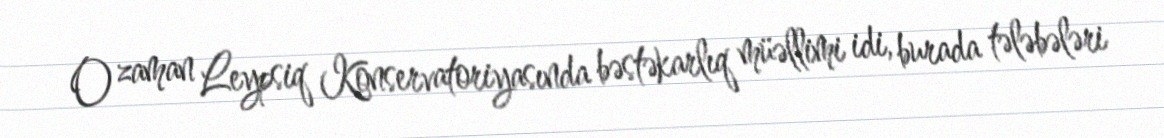
O zaman Leypsiq Konservatoriyasında bəstəkarlıq müəllimi idi, burada tələbələri